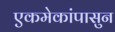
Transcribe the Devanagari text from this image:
एकमेकांपासुन